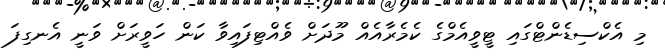
މި އެކްސިޑެންޓްގައި ޓީވީއެމްގެ ކެމެރާއެއް މޫދަށް ވެއްޓިފައިވާ ކަން ހަވީރަށް ވަނީ އެނގިފަ